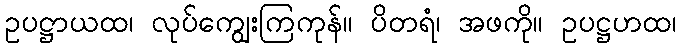
ဥပဋ္ဌာယထ၊ လုပ်ကျွေးကြကုန်။ ပိတရံ၊ အဖကို။ ဥပဋ္ဌဟထ၊